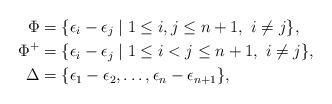
LaTeX: \begin{align*}\Phi &=\{\epsilon_i-\epsilon_j \mid 1 \leq i,j \leq n+1, \,\, i\neq j\}, \\\Phi^+ &=\{\epsilon_i-\epsilon_j \mid 1 \leq i<j \leq n+1, \,\, i\neq j\}, \\\Delta &= \{\epsilon_1-\epsilon_{2}, \dots, \epsilon_{n}-\epsilon_{n+1} \},\end{align*}